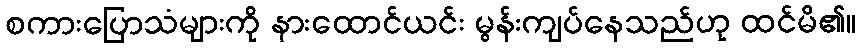
စကားပြောသံများကို နားထောင်ယင်း မွန်းကျပ်နေသည်ဟု ထင်မိ၏။